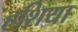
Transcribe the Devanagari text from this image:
हशिया